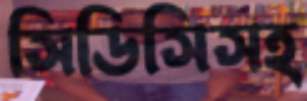
সিডিসিসহ